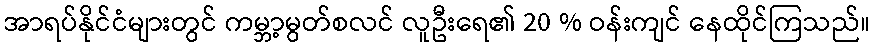
အာရပ်နိုင်ငံများတွင် ကမ္ဘာ့မွတ်စလင် လူဦးရေ၏ 20 % ဝန်းကျင် နေထိုင်ကြသည်။